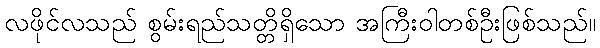
လဖိုင်လသည် စွမ်းရည်သတ္တိရှိသော အကြီးဝါတစ်ဦးဖြစ်သည်။